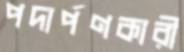
পদার্পণকারী